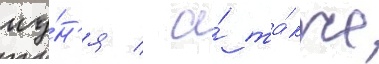
иу́н'я / а́ та́кже